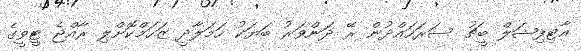
އާޓިފިޝަލް ބީޗު ސަރަހައްދުން ރޭ ދަންވަރު ބަޔަކު ހަމަލާދީ ޒަހަމްކޮށްލި ރާއްޖެ ޓީވީގެ